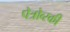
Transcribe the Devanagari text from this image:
पेत्रोव्स्की